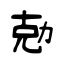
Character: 勊